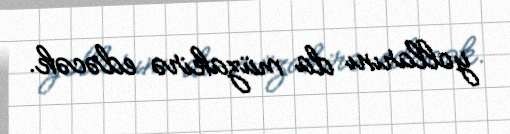
yollarını da müzakirə edəcək.